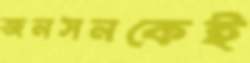
জনসনকেই